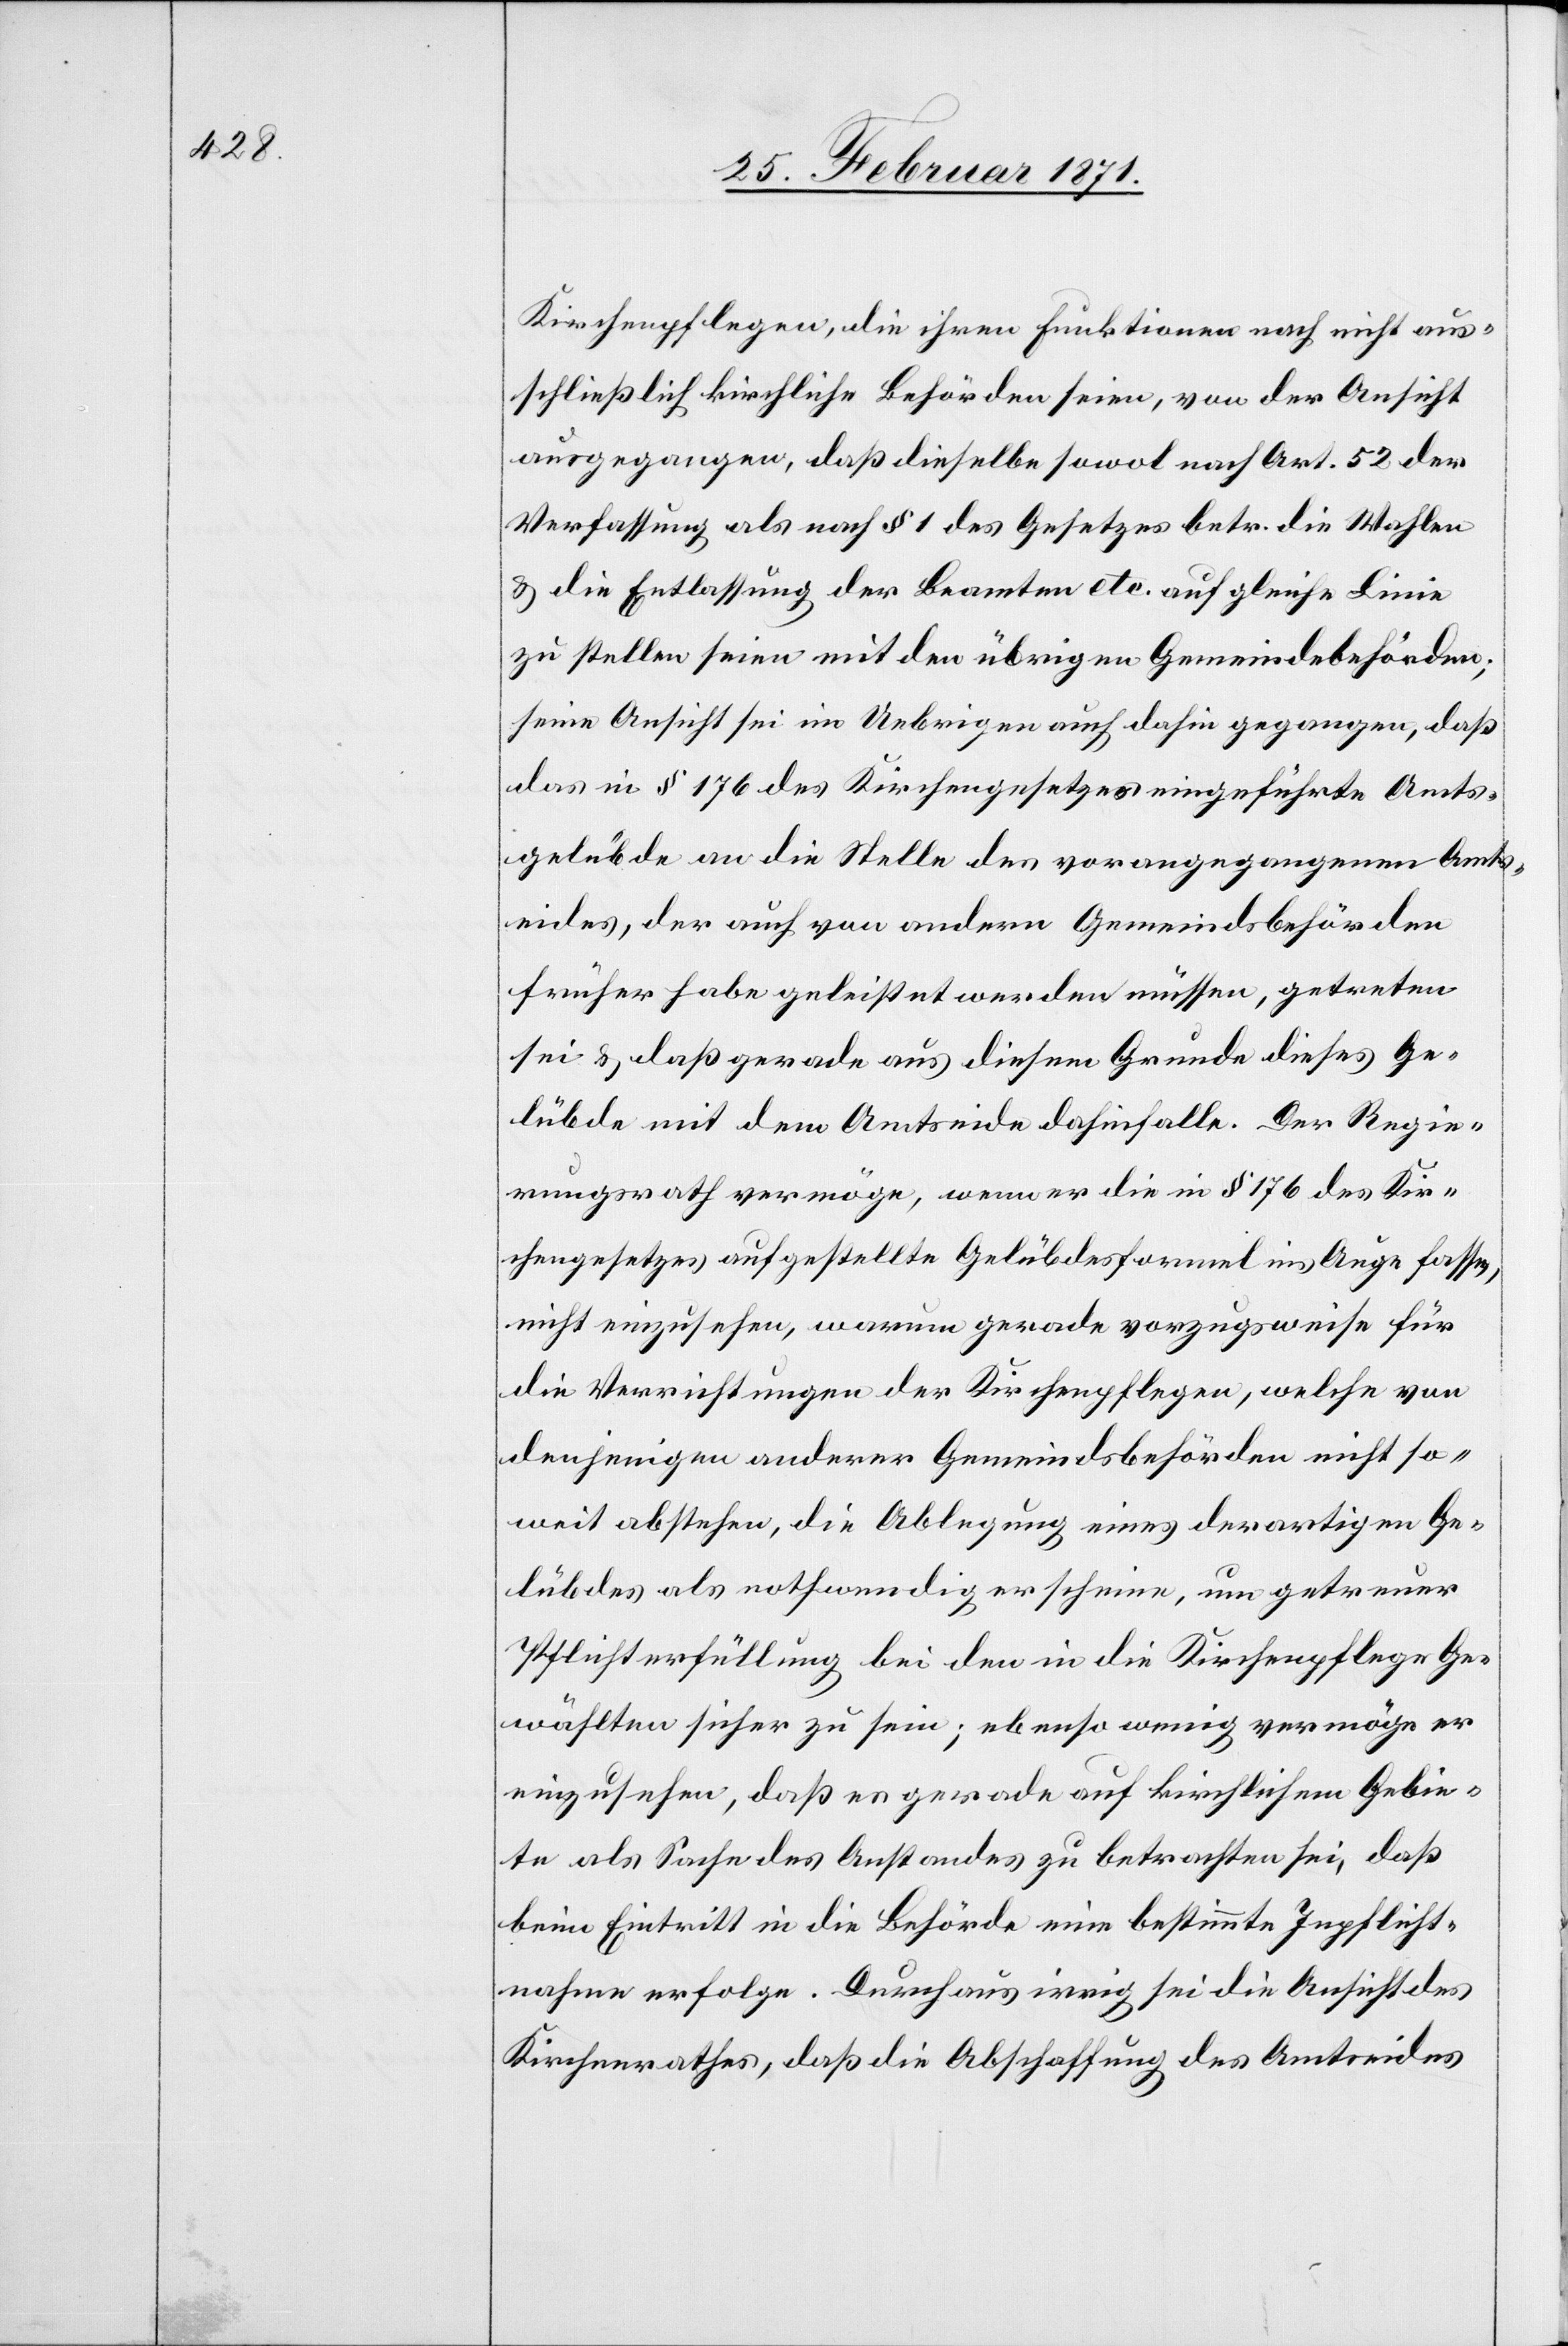
Kirchenpflegen, die ihren Funktionen nach nicht aus¬
schließlich kirchliche Behörden seien, von der Ansicht
ausgegangen, daß dieselbe sowol nach Art. 52 der
Verfassung als nach § 1 des Gesetzes betr. die Wahlen
u. die Entlassung der Beamten etc. auf gleiche Linie
zu stellen seien mit den übrigen Gemeindebehörden;
seine Ansicht sei im Uebrigen auch dahin gegangen, daß
das in § 176 des Kirchengesetzes eingeführte Amts¬
gelübde an die Stelle des vorangegangenen Amts¬
eides, der auch von andern Gemeindsbehörden
früher habe geleistet werden müssen, getreten
sei u. daß gerade aus diesem Grunde dieses Ge¬
lübde mit dem Amtseide dahinfalle. Der Regie¬
rungsrath vermöge, wenn er die in § 176 des Kir¬
chengesetzes aufgestellten Gelübdesformel ins Auge fasse,
nicht einzusehen, warum gerade vorzugsweise für
die Verrichtungen der Kirchenpflege, welche von
denjenigen anderer Gemeindsbehörden nicht so¬
weit abstehen, die Ablegung eines derartigen Ge¬
lübdes als nothwendig erscheine, um getreuer
Pflichterfüllung bei den in die Kirchenpflege Ge¬
wählten sicher zu sein; ebenso wenig vermöge er
einzusehen, daß es gerade auf kirchlichem Gebie¬
te als Sache des Anstandes zu betrachten sei, daß
beim Eintritt in die Behörde eine bestimmte Inpflicht¬
nahme erfolge. Durchaus irrig sei die Ansicht des
Kirchenrathes, daß die Abschaffung des Amtseides